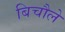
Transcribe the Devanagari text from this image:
बिचौले